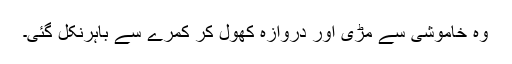
وہ خاموشی سے مڑی اور دروازہ کھول کر کمرے سے باہرنکل گئی۔